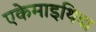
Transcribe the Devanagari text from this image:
एकेमाइथिया